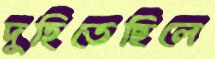
দুহিতেছিলে